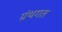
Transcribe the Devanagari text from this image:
ग्रंथगत